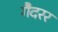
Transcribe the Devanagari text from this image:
गैदरर